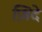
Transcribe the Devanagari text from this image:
ज़िदे